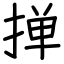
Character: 掸